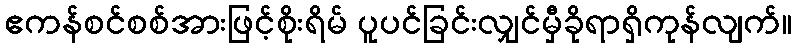
ဧကန်စင်စစ်အားဖြင့်စိုးရိမ် ပူပင်ခြင်းလျှင်မှီခိုရာရှိကုန်လျက်။